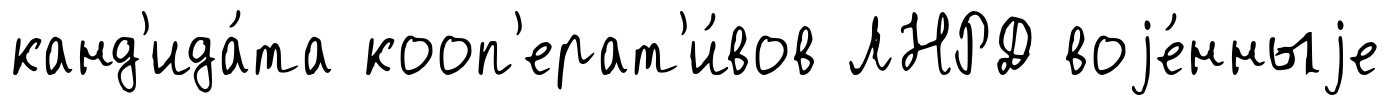
канд'ида́та кооп'ерат'и́вов ЛНРД воjе́нныjе